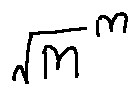
\sqrt { m } ^ { m }